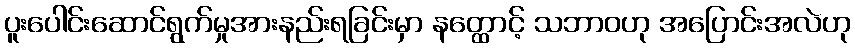
ပူးပေါင်းဆောင်ရွက်မှုအားနည်းရခြင်းမှာ နတ္ထောင့် သဘာဝဟု အပြောင်းအလဲဟု